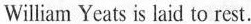
William Yeats is laid to rest.